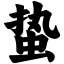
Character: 蛰